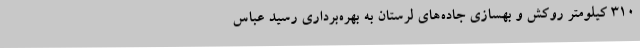
310 کیلومتر روکش و بهسازی جاده‌های لرستان به بهره‌برداری رسید عباس